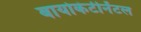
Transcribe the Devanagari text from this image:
बायोकंटीनेंटल